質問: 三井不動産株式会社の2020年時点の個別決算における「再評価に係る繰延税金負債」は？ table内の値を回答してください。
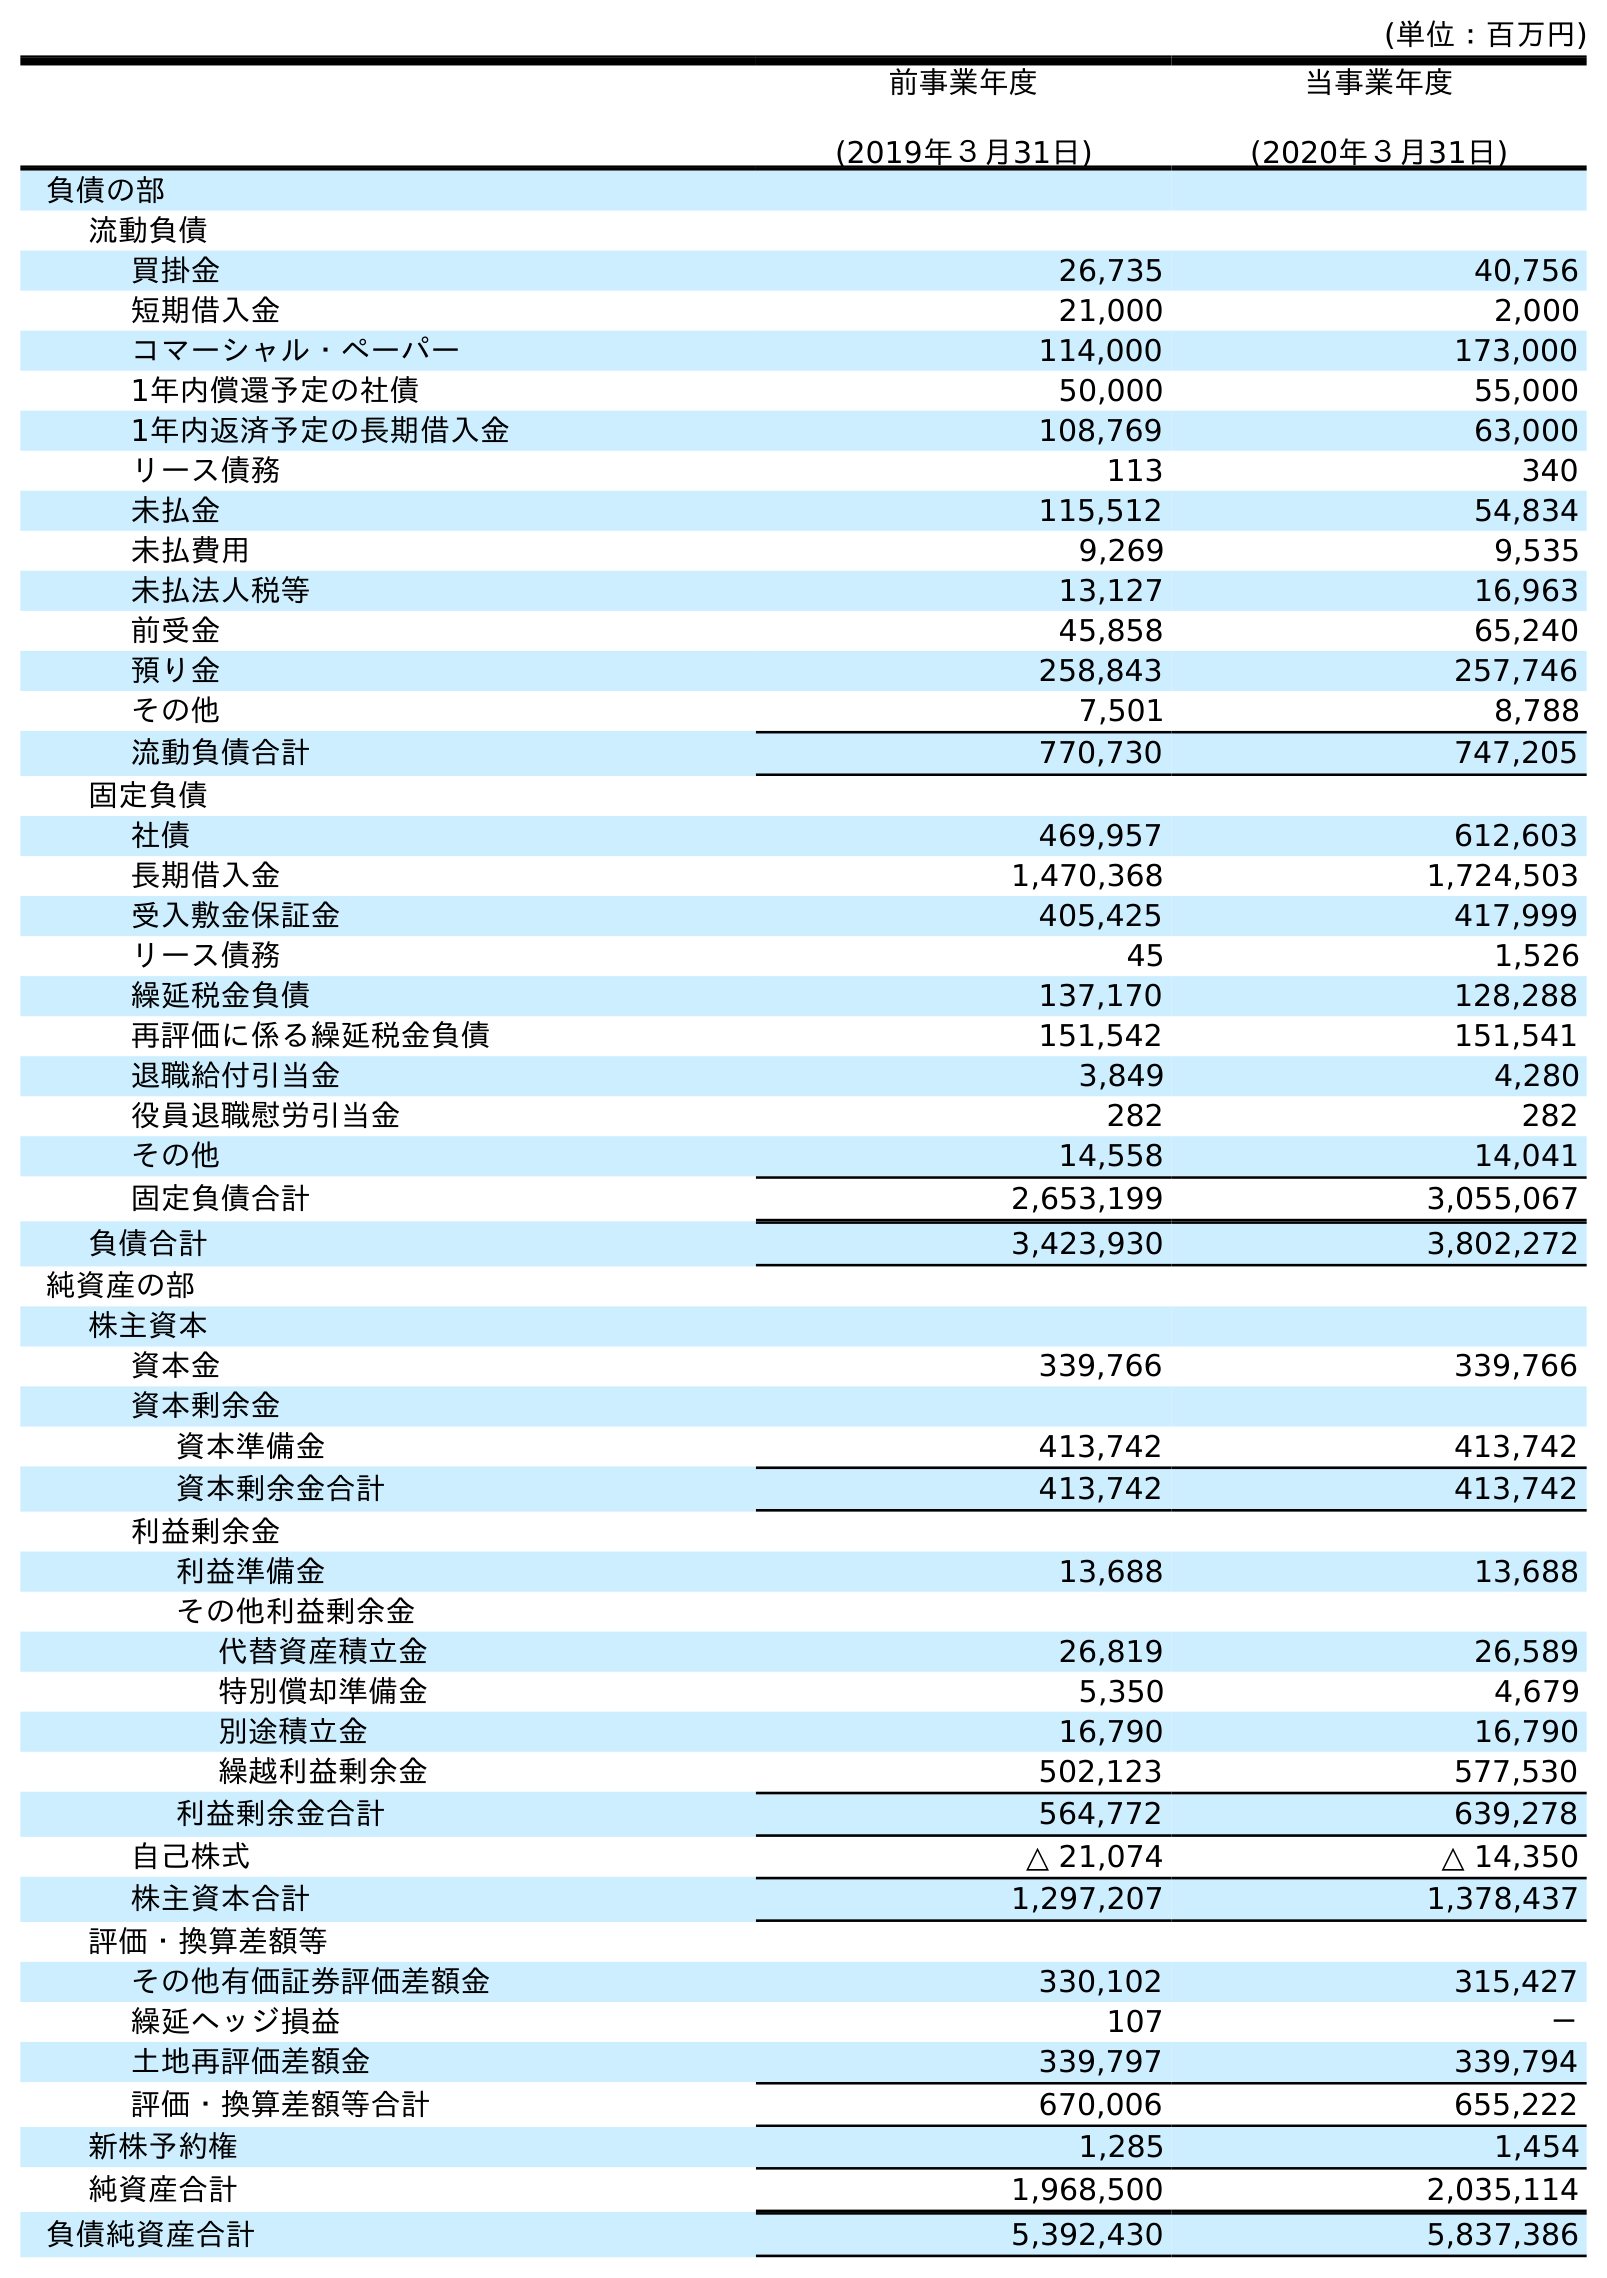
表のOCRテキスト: (単位：百万円) 前事業年度 (2019年３月31日) 当事業年度 (2020年３月31日) 負債の部 流動負債 買掛金 26,735 40,756 短期借入金 21,000 2,000 コマーシャル・ペーパー 114,000 173,000 1年内償還予定の社債 50,000 55,000 1年内返済予定の長期借入金 108,769 63,000 リース債務 113 340 未払金 115,512 54,834 未払費用 9,269 9,535 未払法人税等 13,127 16,963 前受金 45,858 65,240 預り金 258,843 257,746 その他 7,501 8,788 流動負債合計 770,730 747,205 固定負債 社債 469,957 612,603 長期借入金 1,470,368 1,724,503 受入敷金保証金 405,425 417,999 リース債務 45 1,526 繰延税金負債 137,170 128,288 再評価に係る繰延税金負債 151,542 151,541 退職給付引当金 3,849 4,280 役員退職慰労引当金 282 282 その他 14,558 14,041 固定負債合計 2,653,199 3,055,067 負債合計 3,423,930 3,802,272 純資産の部 株主資本 資本金 339,766 339,766 資本剰余金 資本準備金 413,742 413,742 資本剰余金合計 413,742 413,742 利益剰余金 利益準備金 13,688 13,688 その他利益剰余金 代替資産積立金 26,819 26,589 特別償却準備金 5,350 4,679 別途積立金 16,790 16,790 繰越利益剰余金 502,123 577,530 利益剰余金合計 564,772 639,278 自己株式 △ 21,074 △ 14,350 株主資本合計 1,297,207 1,378,437 評価・換算差額等 その他有価証券評価差額金 330,102 315,427 繰延ヘッジ損益 107 － 土地再評価差額金 339,797 339,794 評価・換算差額等合計 670,006 655,222 新株予約権 1,285 1,454 純資産合計 1,968,500 2,035,114 負債純資産合計 5,392,430 5,837,386
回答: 151,541